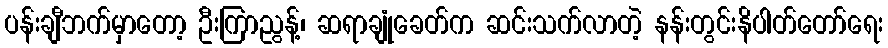
ပန်းချီဘက်မှာတော့ ဦးကြာညွန့်၊ ဆရာချုံခေတ်က ဆင်းသက်လာတဲ့ နန်းတွင်းနိပါတ်တော်ရေး